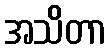
အသိတာ